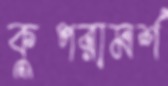
কুপরামর্শ